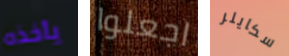
يأخذه اجعلوا سكايلر